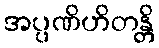
အပ္ပဏိဟိတန္တိ